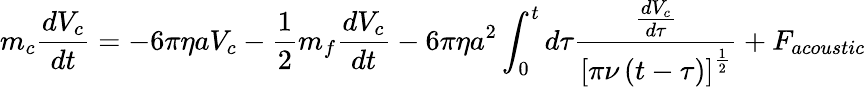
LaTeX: m_{c}\frac{dV_{c}}{dt}=-6\pi\eta aV_{c}-\frac{1}{2}m_{f}\frac{dV_{c}}{dt}-6\pi\eta a^{2}\int_{0}^{t}d\tau\frac{\frac{dV_{c}}{d\tau}}{\left[\pi\nu\left(t-\tau\right)\right]^{\frac{1}{2}}}+F_{acoustic}